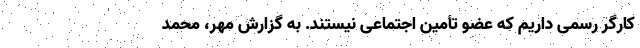
کارگر رسمی داریم که عضو تأمین اجتماعی نیستند. به گزارش مهر، محمد